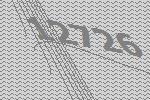
12726